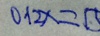
0 . 1 2 x = 1 5